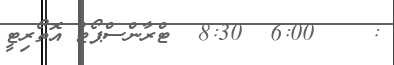
:    6:00  8:30  ޓްރާންސްޕޯޓް އޮތޯރިޓީ